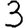
Digit: 3